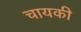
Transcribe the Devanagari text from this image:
चायकी